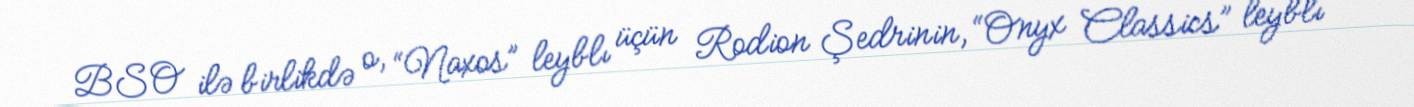
BSO ilə birlikdə o, “Naxos” leyblı üçün Rodion Şedrinin, “Onyx Classics” leyblı